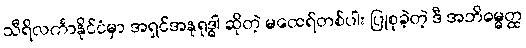
သီရိလင်္ကာနိုင်ငံမှာ အရှင်အနုရုဒ္ဓါ ဆိုတဲ့ မထေရ်တစ်ပါး ပြုစုခဲ့တဲ့ ဒီ အဘိဓမ္မတ္ထ